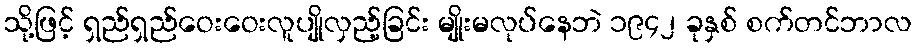
သို့ဖြင့် ရှည်ရှည်ဝေးဝေးလူပျိုလှည့်ခြင်း မျိုးမလုပ်နေဘဲ ၁၉၄၂ ခုနှစ် စက်တင်ဘာလ